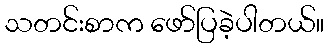
သတင်းစာက ဖော်ပြခဲ့ပါတယ်။